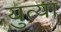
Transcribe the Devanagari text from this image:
युत्या